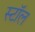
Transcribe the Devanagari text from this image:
स्टाॅल